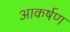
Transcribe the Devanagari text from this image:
आकर्षण्‍ा